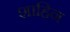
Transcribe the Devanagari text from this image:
शाहिन